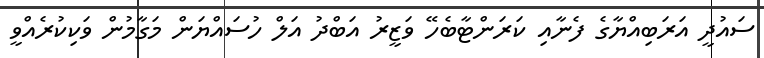
ސައުދީ އަރަބިއްޔާގެ ފެނާއި ކަރަންޓާބެހޭ ވަޒީރު އަބްދު އަލް ހުސައްޔަން މަގާމުން ވަކިކުރެއްވީ